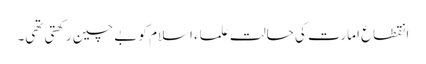
انقطاع امارت کی حالت علماء اسلام کو بے چین رکھتی تھی۔